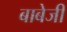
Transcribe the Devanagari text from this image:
बाबेजी